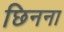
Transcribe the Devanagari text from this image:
छिनना